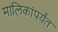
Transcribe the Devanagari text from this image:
मालिकांपर्यंत